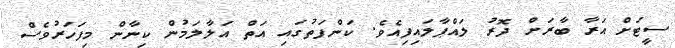
ސީޓަށް އަރާ ބާރަށް ދޮރު ލައްޕާލައިފިއެވެ. ކަންފަތުގައި އަތް އަލާލަމުން ކިނާން މިފަހަރުވެސް